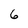
Character: 6